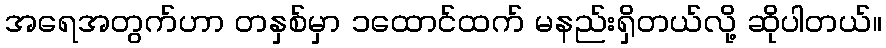
အရေအတွက်ဟာ တနှစ်မှာ ၁ထောင်ထက် မနည်းရှိတယ်လို့ ဆိုပါတယ်။